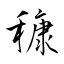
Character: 穅